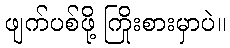
ဖျက်ပစ်ဖို့ ကြိုးစားမှာပဲ။